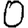
Digit: 0